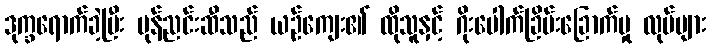
ဒုက္ခရောက်ခဲ့ပြီး မုန်ညင်းဆီသည် ယဉ်ကျေး၏ ထိုသူနှင့် ဂိုးပေါက်ခြိမ်းခြောက်မှု လုပ်များ